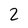
Character: 2